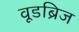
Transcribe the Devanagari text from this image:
वूडब्रिज